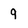
Character: 9